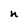
Character: n